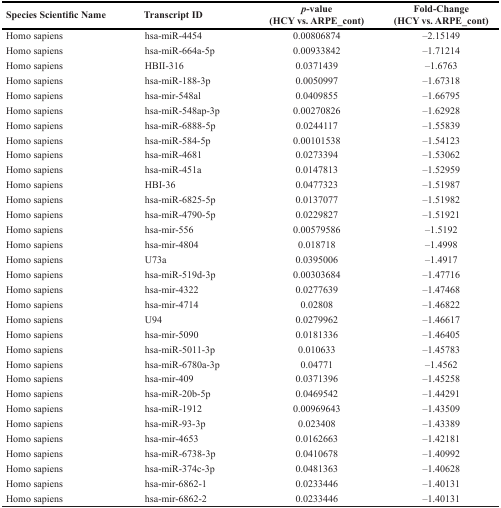
<table><thead><tr><td><b>Species Scientific Name</b></td><td><b>Transcript ID</b></td><td><b><i>p</i>-value (HCY vs. ARPE_cont)</b></td><td><b>Fold-Change (HCY vs. ARPE_cont)</b></td></tr></thead><tbody><tr><td>Homo sapiens</td><td>hsa-miR-4454</td><td>0.00806874</td><td>–2.15149</td></tr><tr><td>Homo sapiens</td><td>hsa-miR-664a-5p</td><td>0.00933842</td><td>–1.71214</td></tr><tr><td>Homo sapiens</td><td>HBII-316</td><td>0.0371439</td><td>–1.6763</td></tr><tr><td>Homo sapiens</td><td>hsa-miR-188-3p</td><td>0.0050997</td><td>–1.67318</td></tr><tr><td>Homo sapiens</td><td>hsa-mir-548al</td><td>0.0409855</td><td>–1.66795</td></tr><tr><td>Homo sapiens</td><td>hsa-miR-548ap-3p</td><td>0.00270826</td><td>–1.62928</td></tr><tr><td>Homo sapiens</td><td>hsa-miR-6888-5p</td><td>0.0244117</td><td>–1.55839</td></tr><tr><td>Homo sapiens</td><td>hsa-miR-584-5p</td><td>0.00101538</td><td>–1.54123</td></tr><tr><td>Homo sapiens</td><td>hsa-miR-4681</td><td>0.0273394</td><td>–1.53062</td></tr><tr><td>Homo sapiens</td><td>hsa-miR-451a</td><td>0.0147813</td><td>–1.52959</td></tr><tr><td>Homo sapiens</td><td>HBI-36</td><td>0.0477323</td><td>–1.51987</td></tr><tr><td>Homo sapiens</td><td>hsa-miR-6825-5p</td><td>0.0137077</td><td>–1.51982</td></tr><tr><td>Homo sapiens</td><td>hsa-miR-4790-5p</td><td>0.0229827</td><td>–1.51921</td></tr><tr><td>Homo sapiens</td><td>hsa-mir-556</td><td>0.00579586</td><td>–1.5192</td></tr><tr><td>Homo sapiens</td><td>hsa-mir-4804</td><td>0.018718</td><td>–1.4998</td></tr><tr><td>Homo sapiens</td><td>U73a</td><td>0.0395006</td><td>–1.4917</td></tr><tr><td>Homo sapiens</td><td>hsa-miR-519d-3p</td><td>0.00303684</td><td>–1.47716</td></tr><tr><td>Homo sapiens</td><td>hsa-mir-4322</td><td>0.0277639</td><td>–1.47468</td></tr><tr><td>Homo sapiens</td><td>hsa-mir-4714</td><td>0.02808</td><td>–1.46822</td></tr><tr><td>Homo sapiens</td><td>U94</td><td>0.0279962</td><td>–1.46617</td></tr><tr><td>Homo sapiens</td><td>hsa-mir-5090</td><td>0.0181336</td><td>–1.46405</td></tr><tr><td>Homo sapiens</td><td>hsa-miR-5011-3p</td><td>0.010633</td><td>–1.45783</td></tr><tr><td>Homo sapiens</td><td>hsa-miR-6780a-3p</td><td>0.04771</td><td>–1.4562</td></tr><tr><td>Homo sapiens</td><td>hsa-mir-409</td><td>0.0371396</td><td>–1.45258</td></tr><tr><td>Homo sapiens</td><td>hsa-miR-20b-5p</td><td>0.0469542</td><td>–1.44291</td></tr><tr><td>Homo sapiens</td><td>hsa-miR-1912</td><td>0.00969643</td><td>–1.43509</td></tr><tr><td>Homo sapiens</td><td>hsa-miR-93-3p</td><td>0.023408</td><td>–1.43389</td></tr><tr><td>Homo sapiens</td><td>hsa-mir-4653</td><td>0.0162663</td><td>–1.42181</td></tr><tr><td>Homo sapiens</td><td>hsa-miR-6738-3p</td><td>0.0410678</td><td>–1.40992</td></tr><tr><td>Homo sapiens</td><td>hsa-miR-374c-3p</td><td>0.0481363</td><td>–1.40628</td></tr><tr><td>Homo sapiens</td><td>hsa-mir-6862-1</td><td>0.0233446</td><td>–1.40131</td></tr><tr><td>Homo sapiens</td><td>hsa-mir-6862-2</td><td>0.0233446</td><td>–1.40131</td></tr></tbody></table>